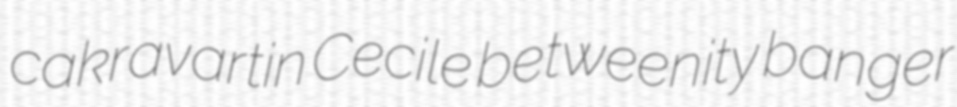
cakravartin Cecile betweenity banger